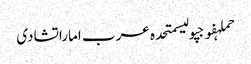
حملہفوجپولیسمتحدہ عرب اماراتشادی